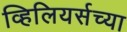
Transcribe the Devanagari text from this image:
व्हिलियर्सच्या